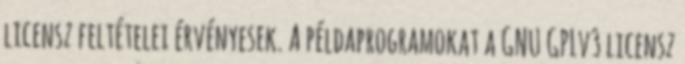
licensz feltételei érvényesek. A példaprogramokat a GNU GPLv3 licensz